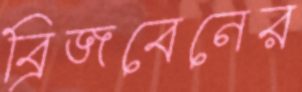
ব্রিজবেনের